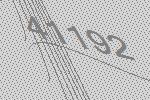
41192